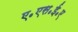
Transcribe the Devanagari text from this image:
ए॰एस॰ई॰ए